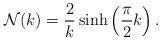
LaTeX: \begin{align*}{\cal N}(k)=\frac{2}{k}\sinh\left(\frac{\pi}{2}k\right).\end{align*}